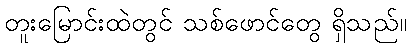
တူးမြောင်းထဲတွင် သစ်ဖောင်တွေ ရှိသည်။